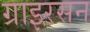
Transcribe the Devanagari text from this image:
ग्राइरसन